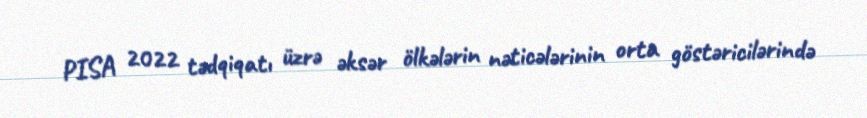
PISA 2022 tədqiqatı üzrə əksər ölkələrin nəticələrinin orta göstəricilərində